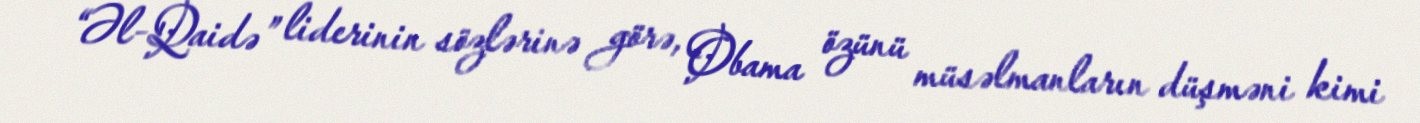
“Əl-Qaidə” liderinin sözlərinə görə, Obama özünü müsəlmanların düşməni kimi